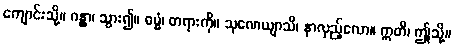
ကျောင်းသို့။ ဂန္တွာ၊ သွား၍။ ဓမ္မံ၊ တရားကို။ သုဏေယျာသိ၊ နာလှည့်လော။ ဣတိ၊ ဤသို့။